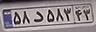
۵۸د۵۸۳۴۳